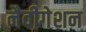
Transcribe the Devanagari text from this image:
नैवीगेशन